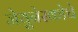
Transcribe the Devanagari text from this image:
जेयुनेस्कोचे